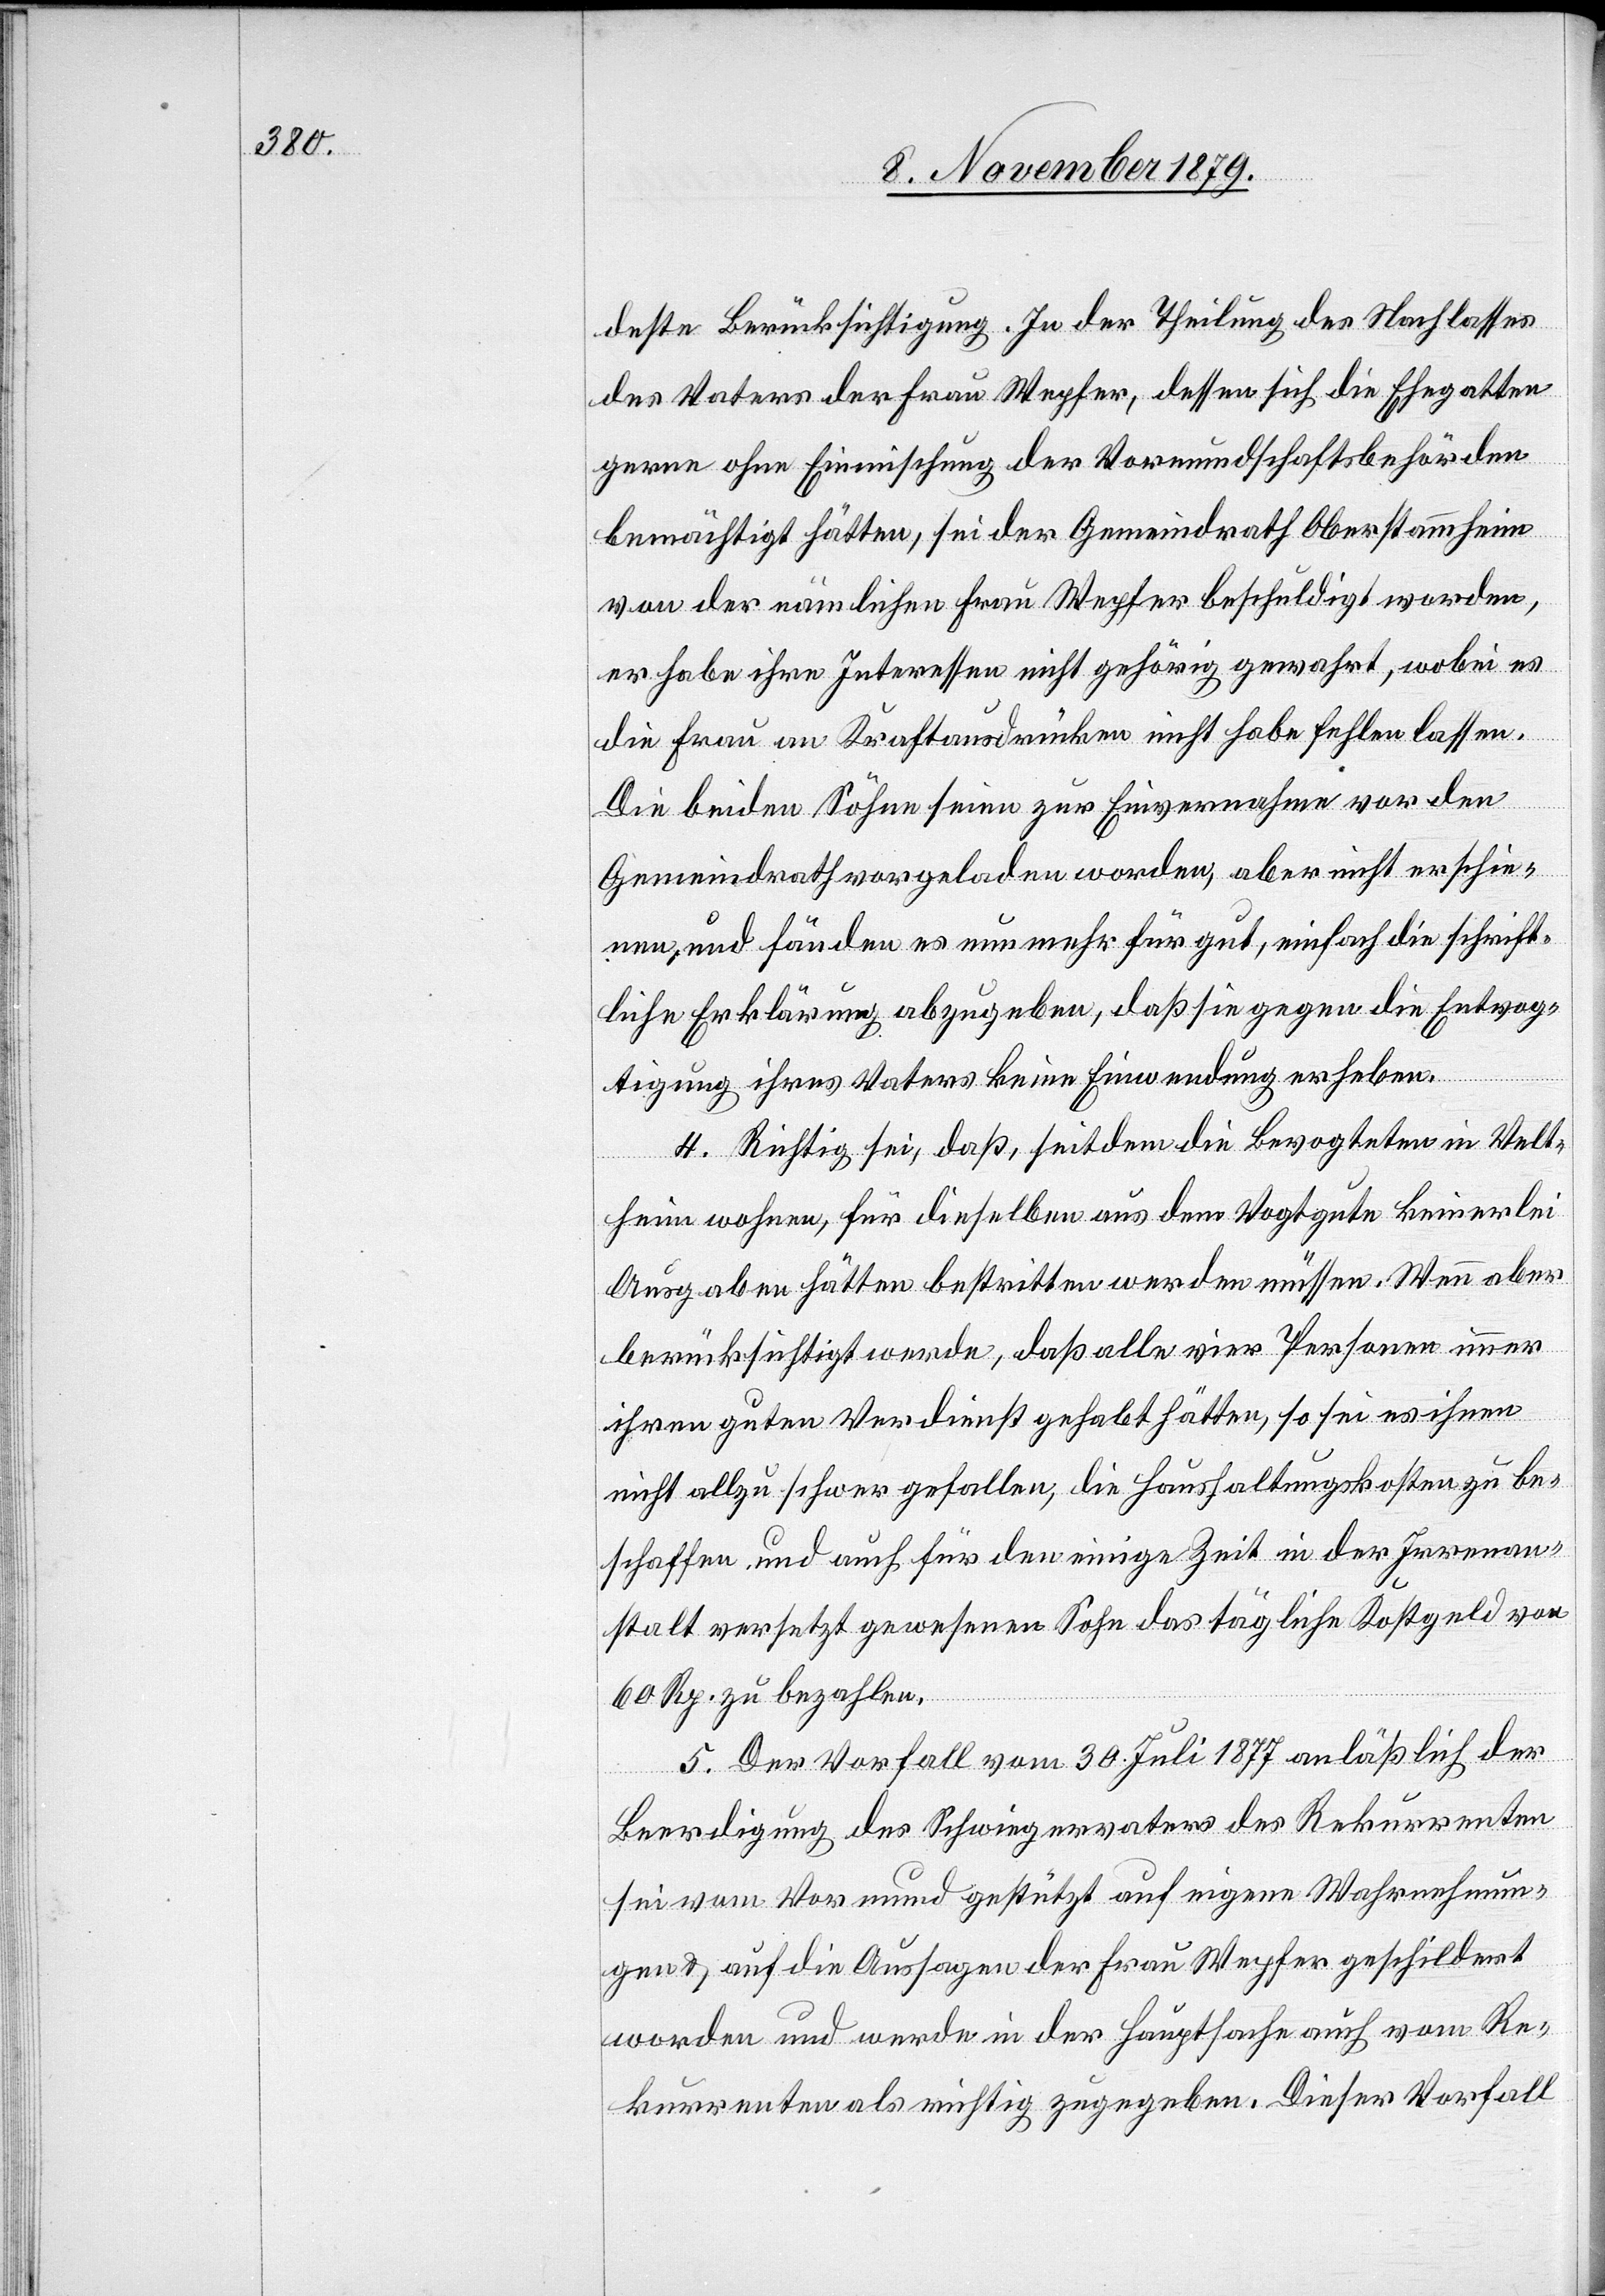
deste Berücksichtigung. In der Theilung des Nachlasses
des Vater der Frau Wepfer, dessen sich die Ehegatten
gerne ohne Einmischung der Vormundschaftsbehörden
bemächtigt hätten, sei der Gemeindrath Oberstammheim
von der nämlichen Frau Wepfer beschuldigt worden,
er habe ihre Interessen nicht gehörig gewahrt, wobei es
die Frau an Kraftausdrücken nicht habe fehlen lassen.
Die beiden Söhne seien zur Einvernahme vor den
Gemeindrath vorgeladen worden, aber nicht erschie¬
nen, und fänden es nunmehr für gut, einfach die schrift¬
liche Erklärung abzugeben, daß sie gegen die Entvog¬
tigung ihres Vaters keine Einwendung erheben.
4. Richtig sei, daß, seitdem die Bevogteten in Velt¬
heim wohnen, für dieselben aus dem Vogtgute keinerlei
Ausgaben hätten bestritten werden müssen. Wenn aber
berücksichtigt werde, daß alle vier Personen immer
ihren guten Verdienst gehabt hätten, so sei es ihnen
nicht allzu schwer gefallen, die Haushaltungskosten zu be¬
schaffen und auch für den einige Zeit in der Irrenan¬
stalt versetzt gewesenen Sohn das tägliche Kostgeld von
60 Rp. zu bezahlen.
5. Der Vorfall vom 30. Juli 1877 anläßlich der
Beerdigung des Schwiegervaters des Rekurrenten
sei vom Vormund gestützt auf eigene Wahrnehmun¬
gen & auf die Aussagen der Frau Wepfer geschildert
worden und werde in der Hauptsache auch vom Re¬
kurrenten als richtig zugegeben. Dieser Vorfall